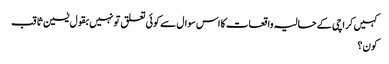
کہیں کراچی کے حالیہ واقعات کا اس سوال سے کوئی تعلق تو نہیں بقول یٰسین ثاقب
کون؟